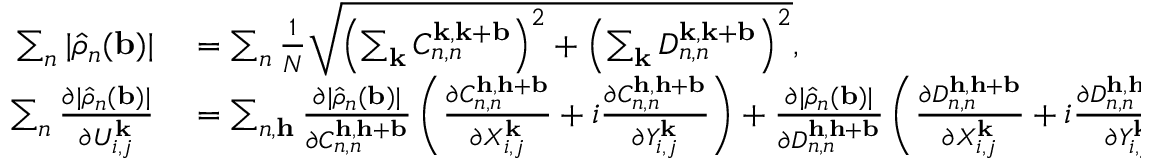
\begin{array} { r l } { \sum _ { n } | \hat { \rho } _ { n } ( \mathbf { b } ) | } & { { } = \sum _ { n } \frac { 1 } { N } \sqrt { \left( \sum _ { \mathbf { k } } C _ { n , n } ^ { \mathbf { k } , \mathbf { k } + \mathbf { b } } \right) ^ { 2 } + \left( \sum _ { \mathbf { k } } D _ { n , n } ^ { \mathbf { k } , \mathbf { k } + \mathbf { b } } \right) ^ { 2 } } , } \\ { \sum _ { n } \frac { \partial | \hat { \rho } _ { n } ( \mathbf { b } ) | } { \partial U _ { i , j } ^ { \mathbf { k } } } } & { { } = \sum _ { n , \mathbf { h } } \frac { \partial | \hat { \rho } _ { n } ( \mathbf { b } ) | } { \partial C _ { n , n } ^ { \mathbf { h } , \mathbf { h } + \mathbf { b } } } \left( \frac { \partial C _ { n , n } ^ { \mathbf { h } , \mathbf { h } + \mathbf { b } } } { \partial X _ { i , j } ^ { \mathbf { k } } } + i \frac { \partial C _ { n , n } ^ { \mathbf { h } , \mathbf { h } + \mathbf { b } } } { \partial Y _ { i , j } ^ { \mathbf { k } } } \right) + \frac { \partial | \hat { \rho } _ { n } ( \mathbf { b } ) | } { \partial D _ { n , n } ^ { \mathbf { h } , \mathbf { h } + \mathbf { b } } } \left( \frac { \partial D _ { n , n } ^ { \mathbf { h } , \mathbf { h } + \mathbf { b } } } { \partial X _ { i , j } ^ { \mathbf { k } } } + i \frac { \partial D _ { n , n } ^ { \mathbf { h } , \mathbf { h } + \mathbf { b } } } { \partial Y _ { i , j } ^ { \mathbf { k } } } \right) . } \end{array}